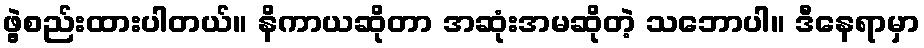
ဖွဲ့စည်းထားပါတယ်။ နိကာယဆိုတာ အဆုံးအမဆိုတဲ့ သဘောပါ။ ဒီနေရာမှာ